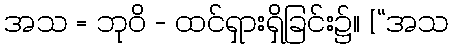
အသ = ဘုဝိ - ထင်ရှားရှိခြင်း၌။ [“အသ